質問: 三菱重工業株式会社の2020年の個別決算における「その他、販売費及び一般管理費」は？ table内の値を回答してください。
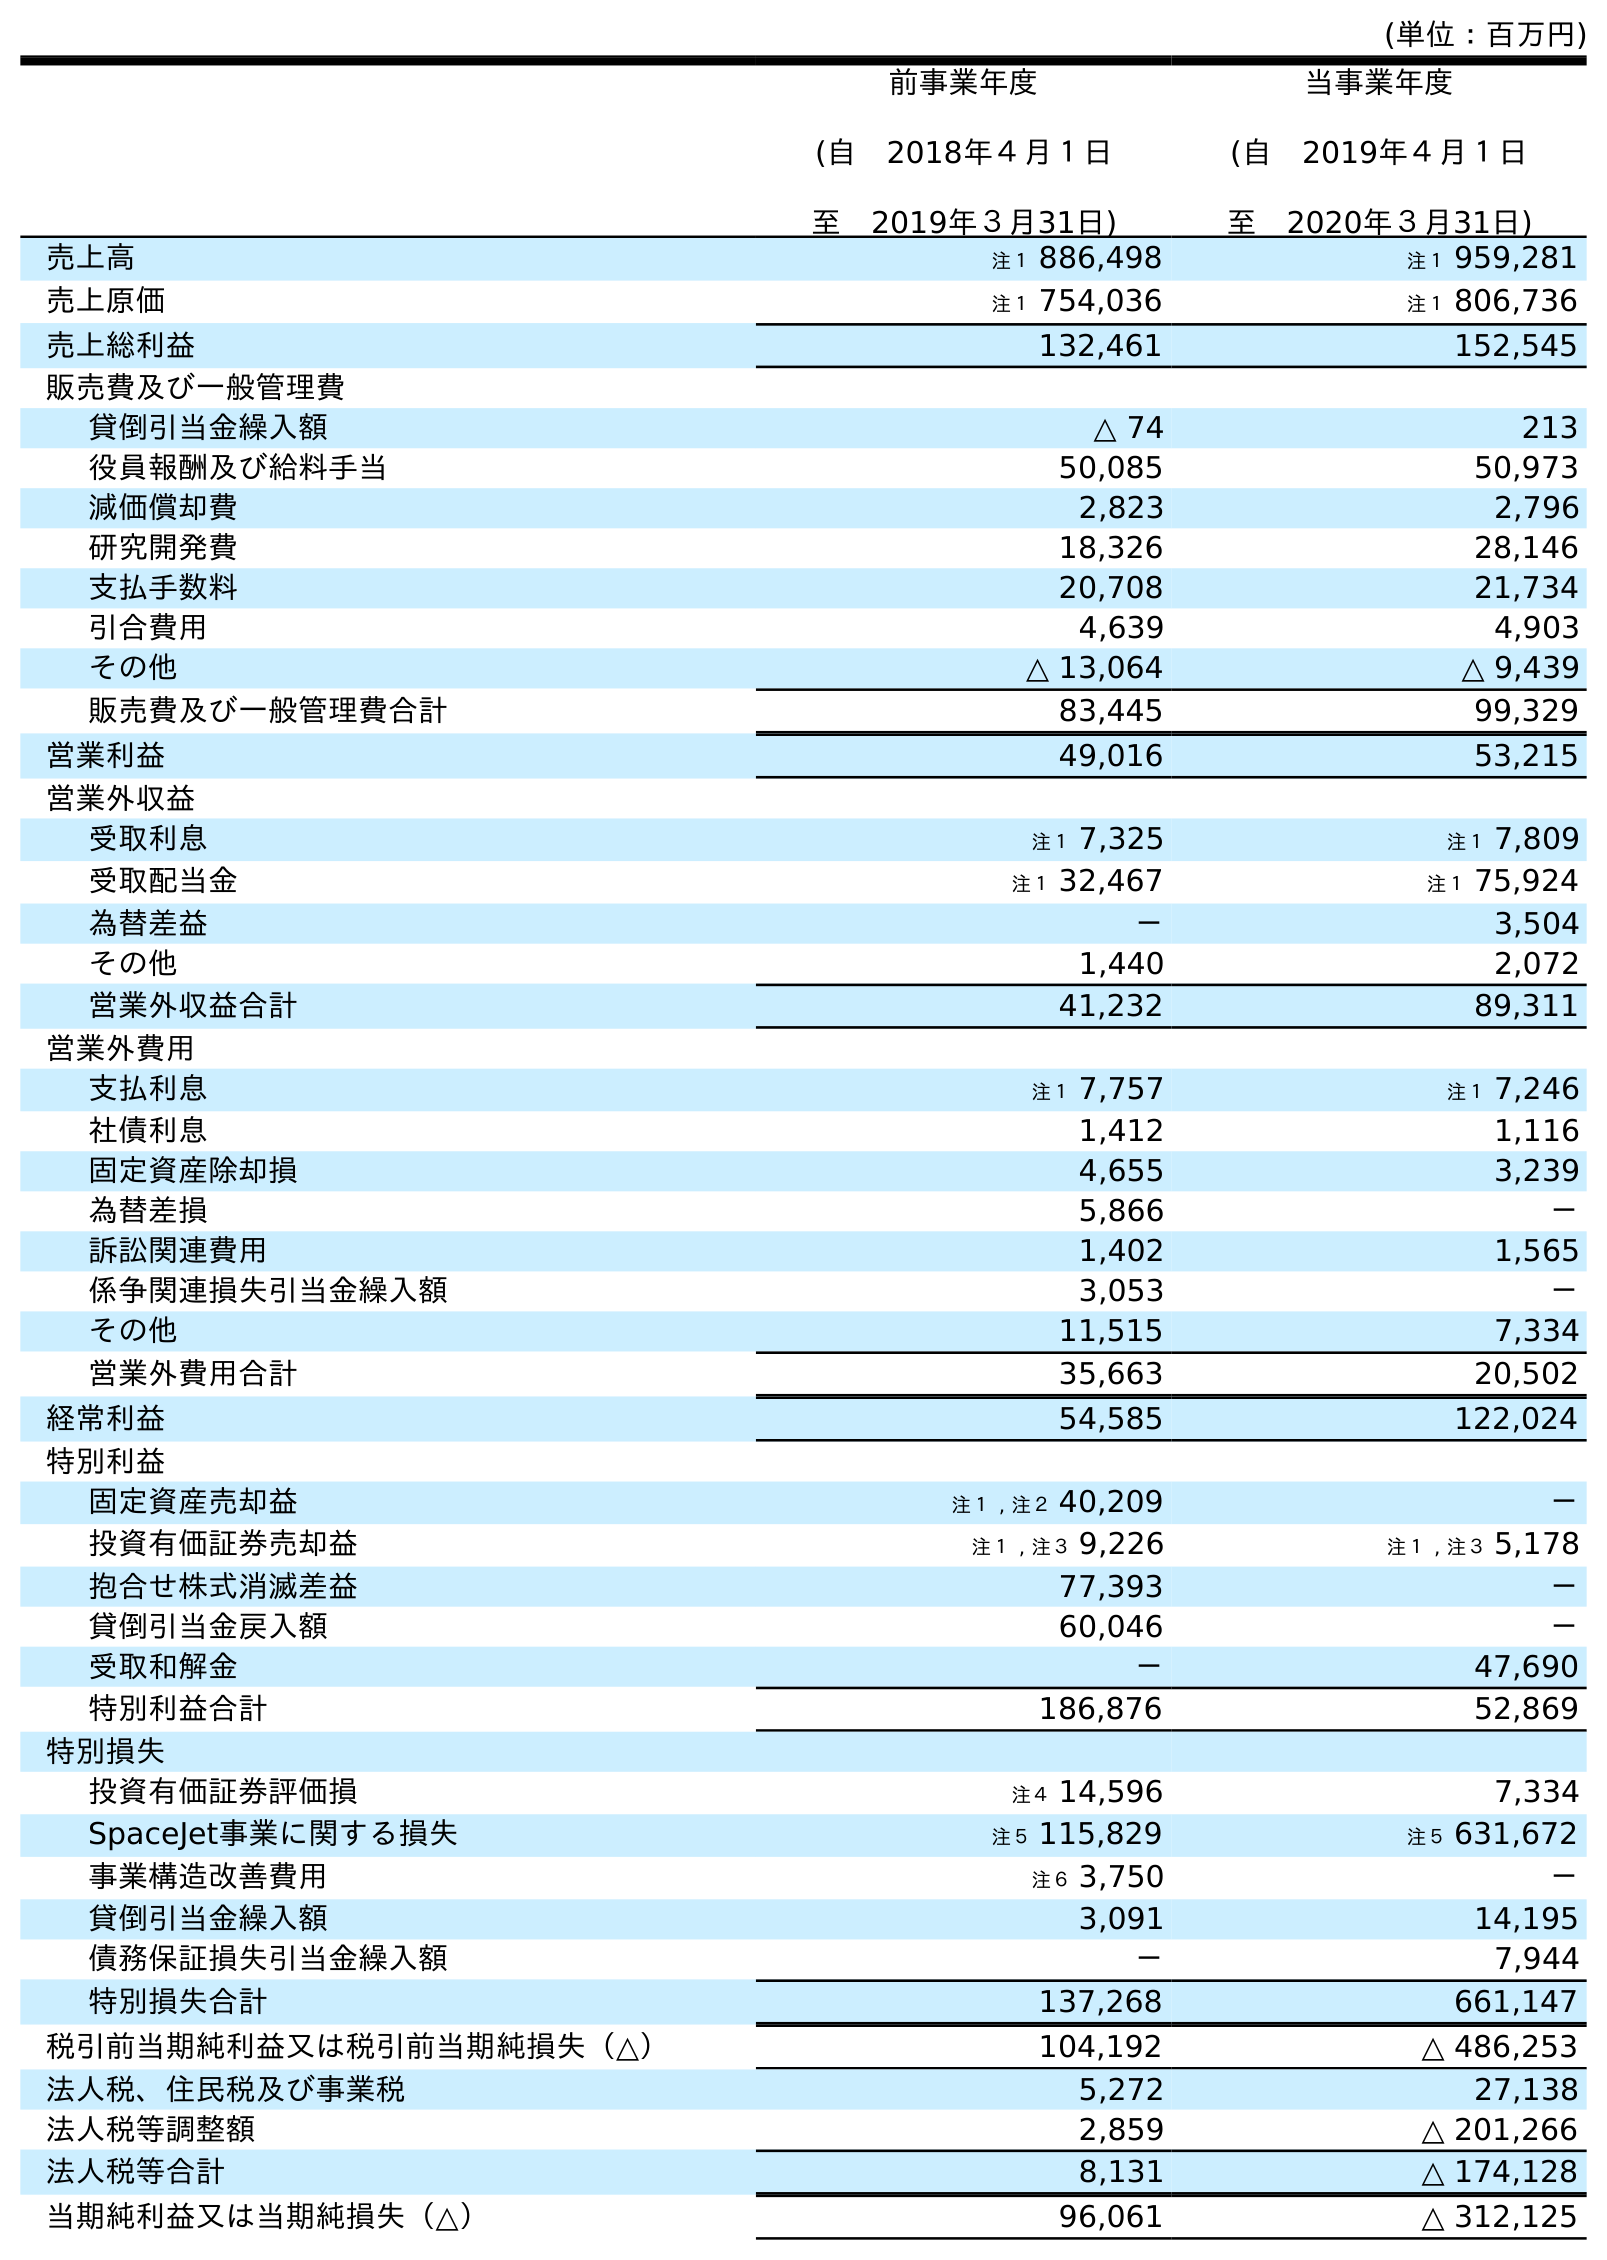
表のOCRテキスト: (単位：百万円) 前事業年度 (自 2018年４月１日 至 2019年３月31日) 当事業年度 (自 2019年４月１日 至 2020年３月31日) 売上高 注１ 886,498 注１ 959,281 売上原価 注１ 754,036 注１ 806,736 売上総利益 132,461 152,545 販売費及び一般管理費 貸倒引当金繰入額 △ 74 213 役員報酬及び給料手当 50,085 50,973 減価償却費 2,823 2,796 研究開発費 18,326 28,146 支払手数料 20,708 21,734 引合費用 4,639 4,903 その他 △ 13,064 △ 9,439 販売費及び一般管理費合計 83,445 99,329 営業利益 49,016 53,215 営業外収益 受取利息 注１ 7,325 注１ 7,809 受取配当金 注１ 32,467 注１ 75,924 為替差益 － 3,504 その他 1,440 2,072 営業外収益合計 41,232 89,311 営業外費用 支払利息 注１ 7,757 注１ 7,246 社債利息 1,412 1,116 固定資産除却損 4,655 3,239 為替差損 5,866 － 訴訟関連費用 1,402 1,565 係争関連損失引当金繰入額 3,053 － その他 11,515 7,334 営業外費用合計 35,663 20,502 経常利益 54,585 122,024 特別利益 固定資産売却益 注１ , 注２ 40,209 － 投資有価証券売却益 注１ , 注３ 9,226 注１ , 注３ 5,178 抱合せ株式消滅差益 77,393 － 貸倒引当金戻入額 60,046 － 受取和解金 － 47,690 特別利益合計 186,876 52,869 特別損失 投資有価証券評価損 注４ 14,596 7,334 SpaceJet事業に関する損失 注５ 115,829 注５ 631,672 事業構造改善費用 注６ 3,750 － 貸倒引当金繰入額 3,091 14,195 債務保証損失引当金繰入額 － 7,944 特別損失合計 137,268 661,147 税引前当期純利益又は税引前当期純損失（△） 104,192 △ 486,253 法人税、住民税及び事業税 5,272 27,138 法人税等調整額 2,859 △ 201,266 法人税等合計 8,131 △ 174,128 当期純利益又は当期純損失（△） 96,061 △ 312,125
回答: △9,439